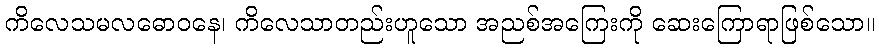
ကိလေသမလဓောဝနေ၊ ကိလေသာတည်းဟူသော အညစ်အကြေးကို ဆေးကြောရာဖြစ်သော။